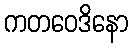
ကတဝေဒိနော